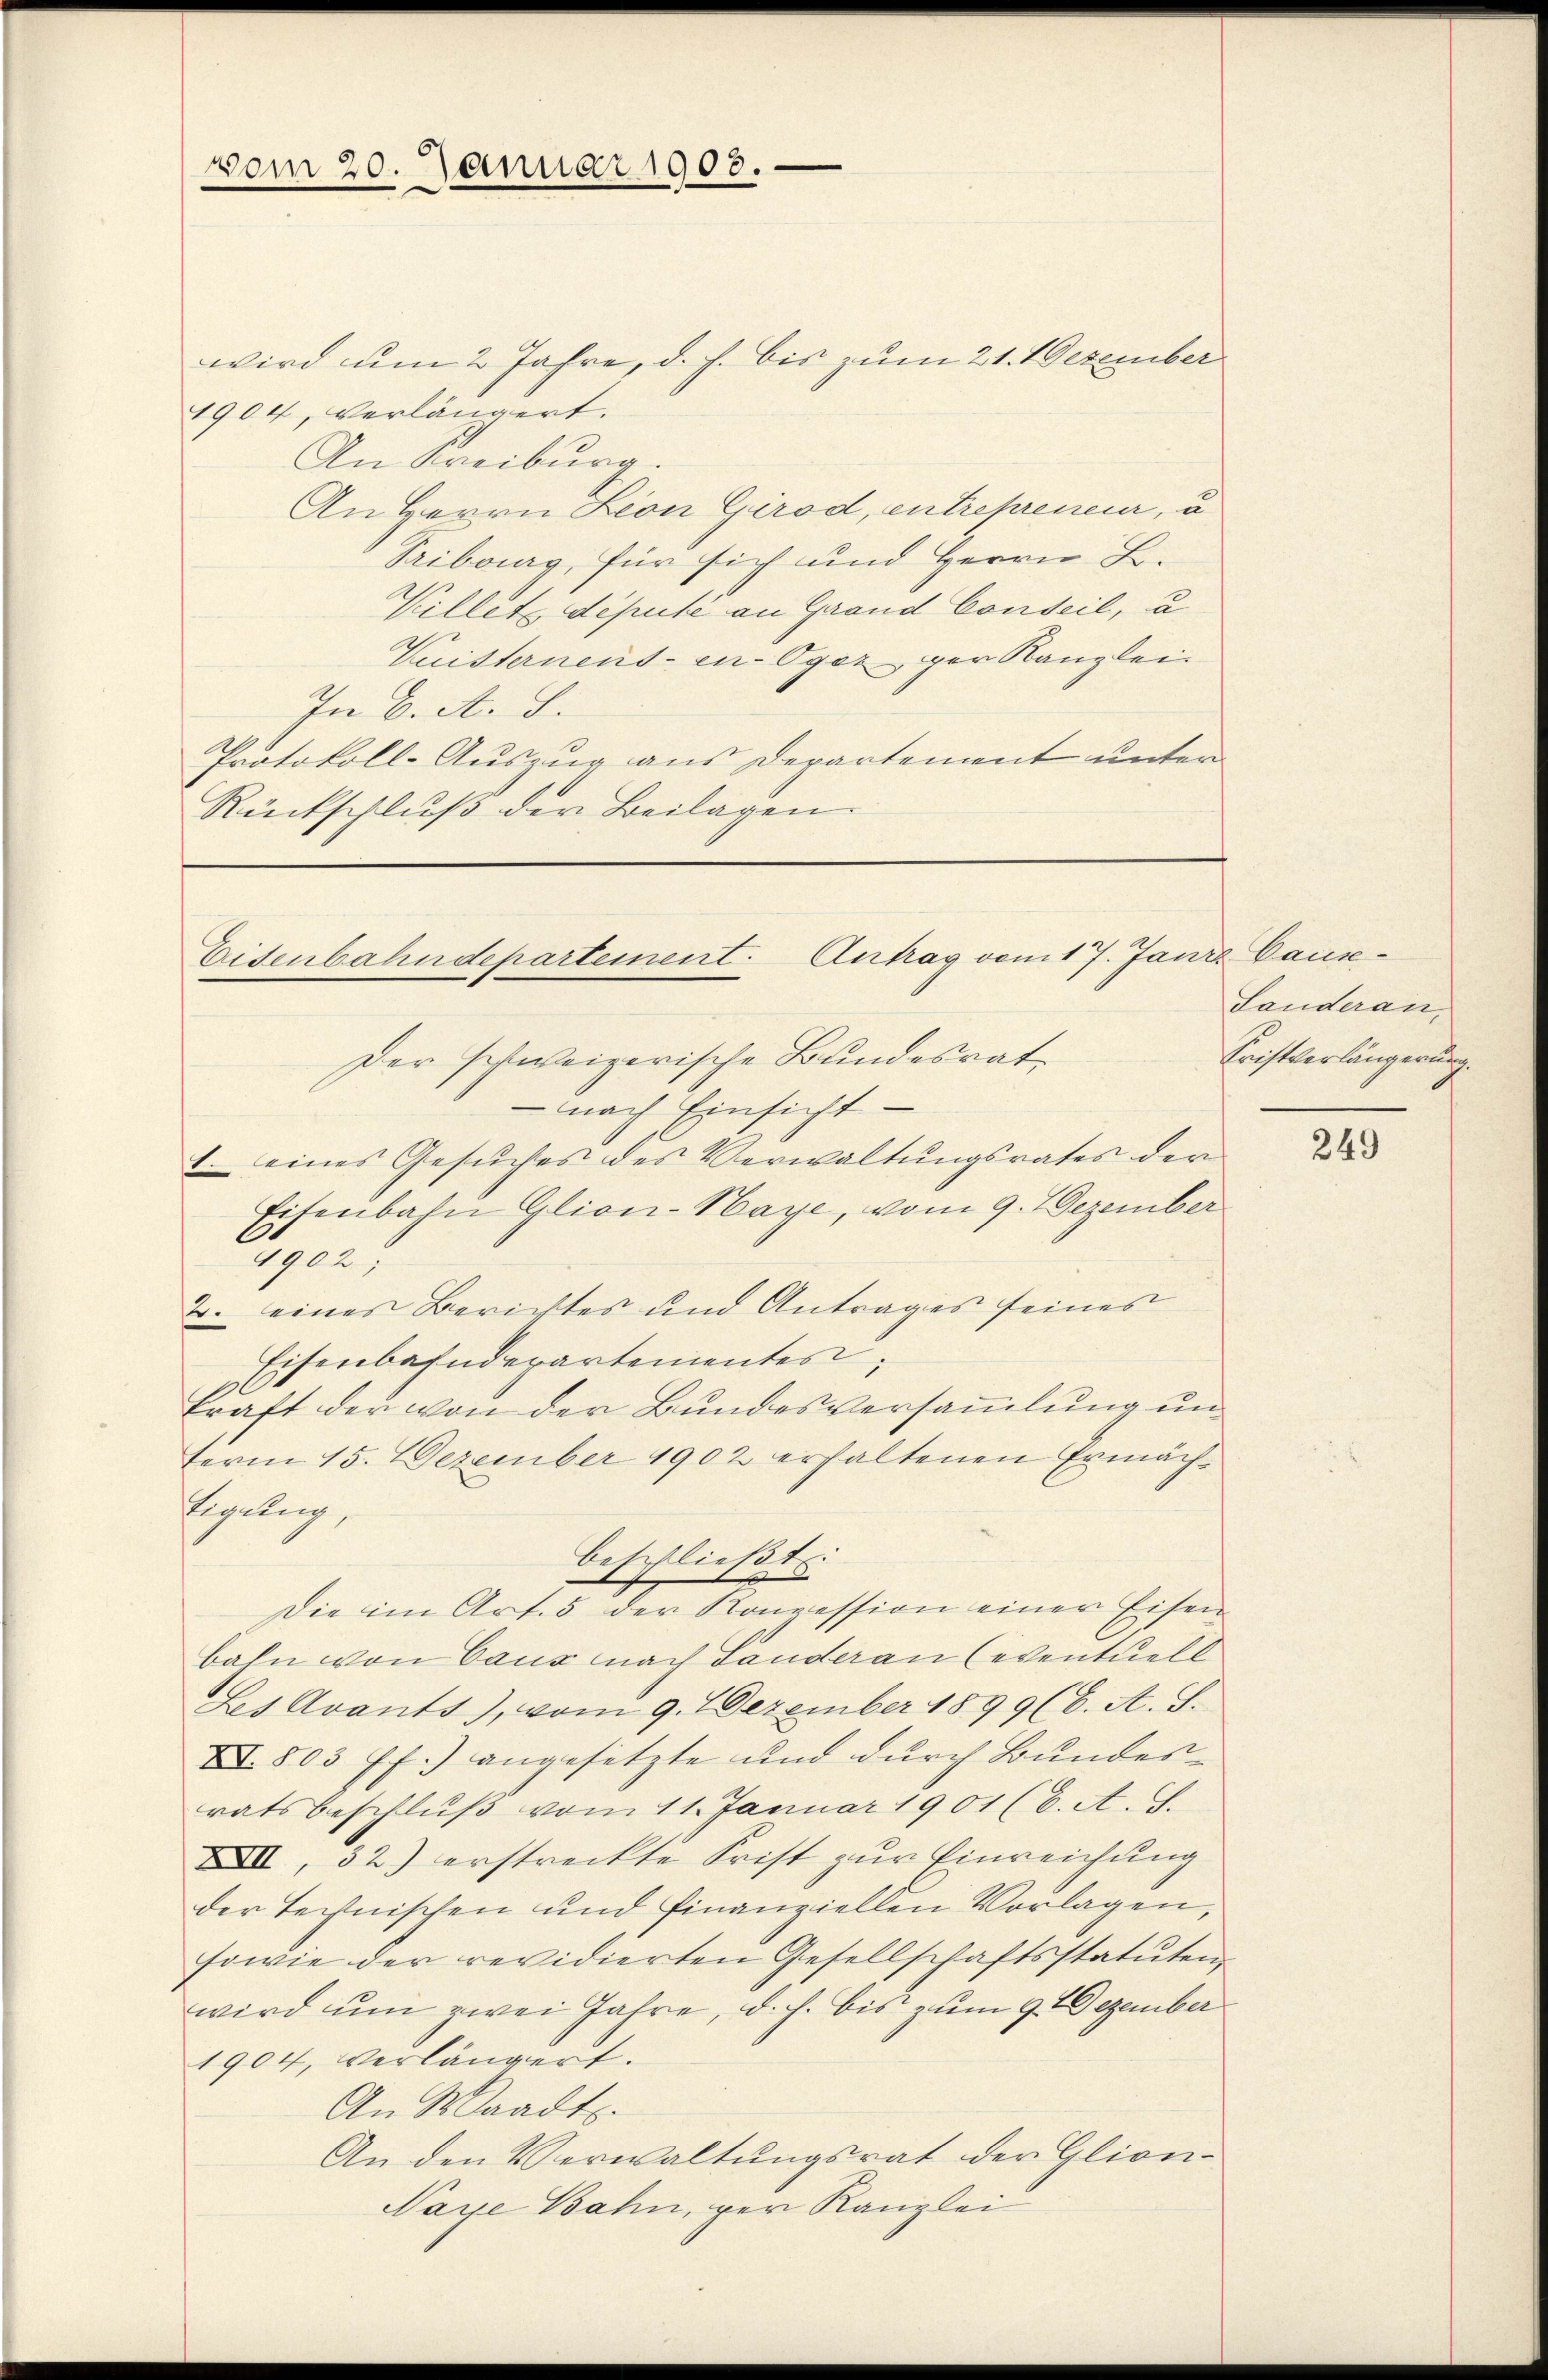
vom 20. Januar 1908.

wird um 2 Jahre, d. h. bis zum 21. Dezember
1904, verlängert.
An Kreiburg.
An Herrn Lion Girod, entrepreneur, u
Pribourg, für sich und Herrn L.
Willet depute an Grand Conseil, u
Vuisternens-en-Oger gar Kanzlei
In C. A. S.
Protokoll-Auszug aus Departement unter
Rückschluß der Beilagen.

Eisenbahndepartement. Antrag vom 17. Janiz Caus¬

Landeran,
Cristverlängerung.

Der schweizerische Bundesrat
 nach Einsicht
1. eines Gesŭches des Verwaltungsrates der
Eisenbahn Glion-Haye, vom 9. Dezember
4902;
2. eines Berichtes und Antrages seines
Eisenbahndepartementes,
kraft der von der Bundesversammlung unterm 15. Dezember 1902 erhaltenen Ermäch¬
Eigung,
beschließt:
Die im Art. 5 der Konzession einer Eisen
bahn von Caus nach Landeran (eventuell
Les Avants), vom 9. Dezember 1899 (6. A. S.
X 803 ff.) angesetzte und durch Bundesratsbeschluß vom 11. Januar 1901 (6. A. F.
XII, 32) erstreckte Frist zur Einreichung
der Technischen und finanziellen Vorlagen,
sowie der revidierten Gesellschaftsstatuten,
wird ŭm zwei Jahre, d. h. bis zum 9. Dezember
1904, verlängert.
An Waadt.
An den Verwaltungsrat der Glion¬
Naye Bahn, per Kanzlei

249